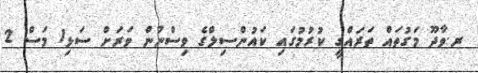
ރ.ވާދޫ މަގުތައް ތަރައްގީ ކުރުމުގައި ކައުންސިލްގެ ވިސްނުން ވަރަށް ސަޅި1 މަސް 2